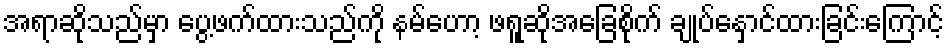
အရာဆိုသည်မှာ ပွေ့ဖက်ထားသည်ကို နမ်ဟော့ ဖရူဆိုအခြေစိုက် ချုပ်နှောင်ထားခြင်းကြောင့်